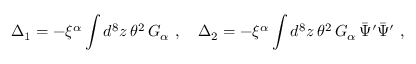
\Delta _ { 1 } = - \xi ^ { \alpha } \int d ^ { 8 } z \, \theta ^ { 2 } \, G _ { \alpha } \ , \quad \Delta _ { 2 } = - \xi ^ { \alpha } \int d ^ { 8 } z \, \theta ^ { 2 } \, G _ { \alpha } \, \bar { \Psi } ^ { \prime } \bar { \Psi } ^ { \prime } \ ,